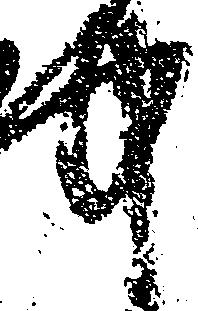
中